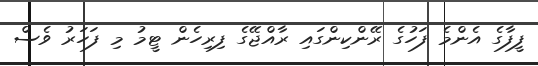
ފީފާގެ އެންމެ ފަހުގެ ރޭންކިންގައި ރާއްޖޭގެ ފިރިހެން ޓީމު މި ފަހަރު ވެސް